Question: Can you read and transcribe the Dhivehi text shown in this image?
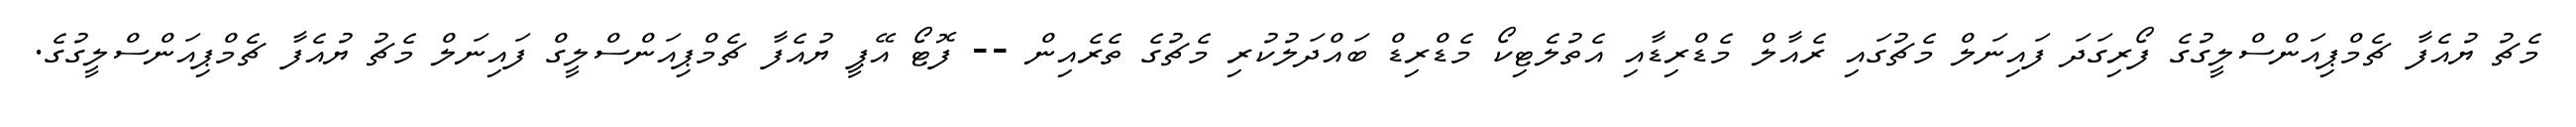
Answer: މެޗު ޔުއެފާ ޗެމްޕިއަންސްލީގުގެ ފޯރިގަދަ ފައިނަލް މެޗުގައި ރެއާލް މެޑްރިޑާއި އެތުލެޓިކޯ މެޑްރިޑް ބައްދަލުކުރި މެޗުގެ ތެރެއިން -- ފޮޓޯ އޭޕީ ޔުއެފާ ޗެމްޕިއަންސްލީގް ފައިނަލް މެޗު ޔުއެފާ ޗެމްޕިއަންސްލީގުގެ.